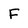
Character: F